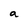
Character: a